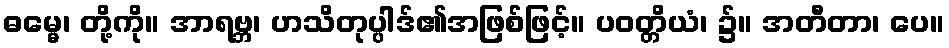
ဓမ္မေ၊ တို့ကို။ အာရဗ္ဘ၊ ဟသိတုပ္ပါဒ်၏အဖြစ်ဖြင့်။ ပဝတ္တိယံ၊ ၌။ အတီတာ၊ ပေ။